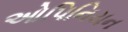
ઓપિનિયન